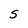
Character: S